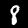
Label: 8